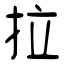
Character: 拉